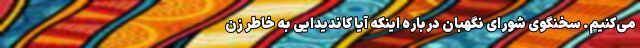
می‌کنیم. سخنگوی شورای نگهبان درباره اینکه آیا کاندیدایی به خاطر زن